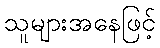
သူများအနေဖြင့်